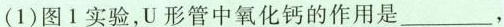
(1)图1实验，U形管中氧化钙的作用是___，